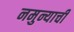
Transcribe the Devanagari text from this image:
नमुन्याची